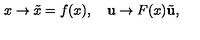
x \to \tilde { x } = f ( x ) , \quad { \bf u } \to F ( x ) \tilde { \bf u } ,